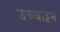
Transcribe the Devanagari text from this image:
उच्चाट्टन